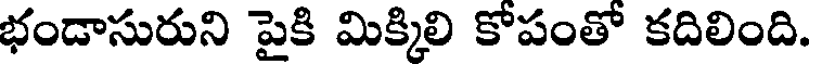
భండాసురుని పైకి మిక్కిలి కోపంతో కదిలింది.